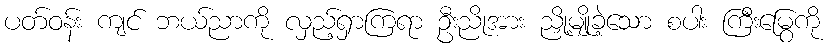
ပတ်ဝန်း ကျင် ဘယ်ညာကို လှည့်ရှာကြရာ ဦးညိုအား ညှို့မျိုခဲ့သော စပါး ကြီးမြွေကို